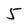
Character: 5